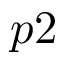
p 2